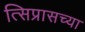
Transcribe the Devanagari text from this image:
त्सिप्रासच्या